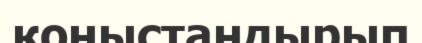
қоныстандырып